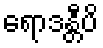
ရောဒန္တီပိ